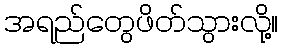
အရည်တွေဖိတ်သွားလို့။